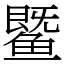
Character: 𬶨